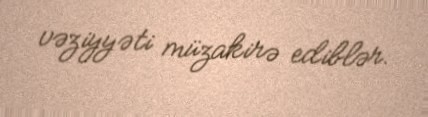
vəziyyəti müzakirə ediblər.